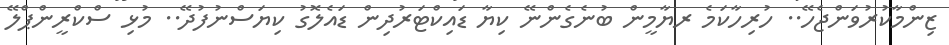
ޒިންމާކުރުވަންޖެހޭ.. ހުރިހާކަމެ ރޔާމީން ބުނެގެންނޭ ކިޔާ ޑައިކްޓަރުދިން ޑައެލޮގު ކިޔަސްނުފުދޭ.. މުޅި ސްކްރީންޕްލޭ